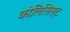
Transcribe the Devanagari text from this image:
कोलिसिस्ट